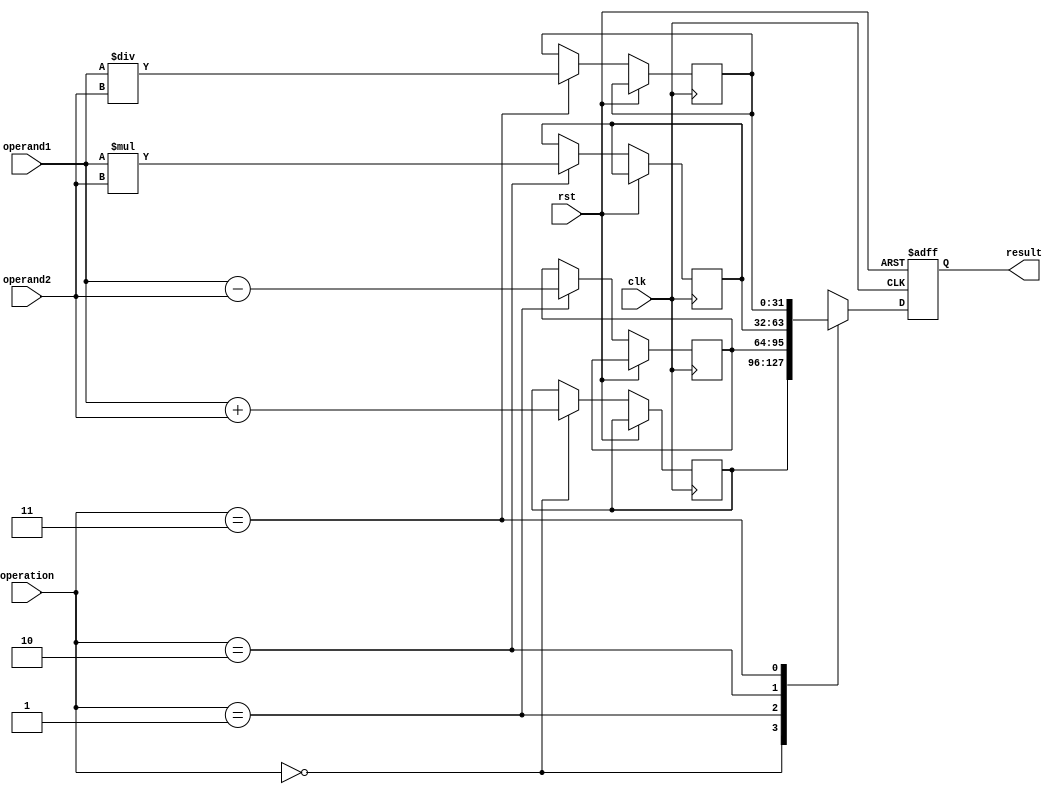
module TrigALU(
    input wire clk,
    input wire rst,
    input wire [31:0] operand1,
    input wire [31:0] operand2,
    input wire [1:0] operation, // 00: addition, 01: subtraction, 10: multiplication, 11: division or trigonometric function
    output reg [31:0] result
);

reg [31:0] add_result, sub_result, mul_result, div_result, trig_result;

always @(posedge clk or posedge rst) begin
    if (rst) begin
        result <= 0;
    end else begin
        case(operation)
            2'b00: begin // addition
                add_result <= operand1 + operand2;
                result <= add_result;
            end
            2'b01: begin // subtraction
                sub_result <= operand1 - operand2;
                result <= sub_result;
            end
            2'b10: begin // multiplication
                mul_result <= operand1 * operand2;
                result <= mul_result;
            end
            2'b11: begin // division or trigonometric function
                // Trigonometric functions logic can be implemented here
                // For now, just storing the result of division
                div_result <= operand1 / operand2;
                result <= div_result;
            end
        endcase
    end
end

endmodule